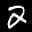
Label: 2